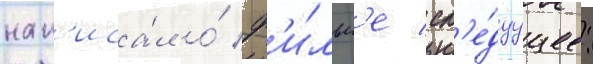
нап'иса́л о́ ф'и́льм'е сл'е́дуущее: